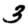
Digit: 3